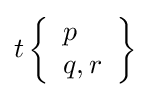
t\left\{{\begin{array}{l}p\\q,r\end{array}}\right\}